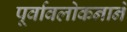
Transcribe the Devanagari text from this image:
पूर्वावलोकनाने